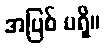
အပြစ် မရှိ။